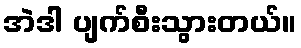
အဲဒါ ပျက်စီးသွားတယ်။